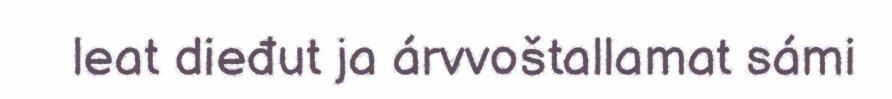
leat dieđut ja árvvoštallamat sámi